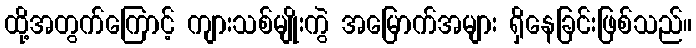
ထို့အတွက်ကြောင့် ကျားသစ်မျိုးကွဲ အမြောက်အများ ရှိနေခြင်းဖြစ်သည်။